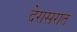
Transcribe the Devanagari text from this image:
देरासरात